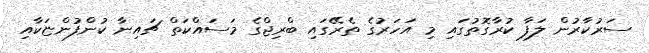
ސަރުކާރުން ލަފާ ކުރާގޮތުގައި މި އަހަރުގެ ތެރޭގައި ބްރިޖްގެ މަސައްކަތް ޗައިނާ ކުންފުންޏަކާއި